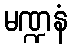
မဏ္ဍနံ